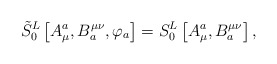
\begin{align*}\tilde S_0^L\left[ A_\mu ^a,B_a^{\mu \nu },\varphi _a\right]=S_0^L\left[ A_\mu ^a,B_a^{\mu \nu }\right] ,\end{align*}